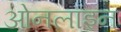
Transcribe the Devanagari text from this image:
ओनलाइन